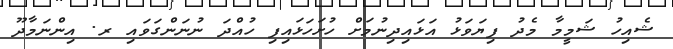
ޝެއިހު ޝަމީމާ މެދު ފިޔަވަޅު އަޅައިދިނުމަށް ހުށަހަޅައިފި ހުއްދަ ނުނަންގަވައި ރ. އިންނަމާދޫ